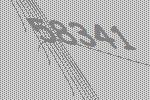
58341